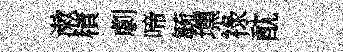
漱積劇啼毓壎祿酖